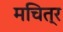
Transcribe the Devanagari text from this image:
मचित्र